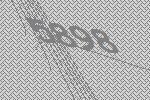
5898